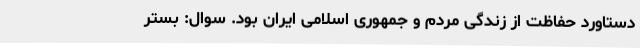
دستاورد حفاظت از زندگی مردم و جمهوری اسلامی ایران بود. سوال: بستر